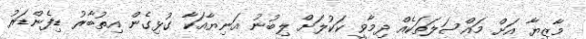
މާޒިޔާ އަށް މައްސަލަތަކެއް ދިމާވީ ކަކުލަށް ލިބުނު އަނިޔާއަކާ ގުޅިގެން އިތުބާރު ޑިފެންޑަރު